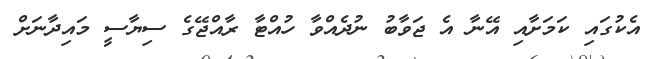
އެކުގައި ކަމަށާއި އޭނާ އެ ޖަވާބު ނުދެއްވާ ހުއްޓާ ރާއްޖޭގެ ސިޔާސީ މައިދާނަށް